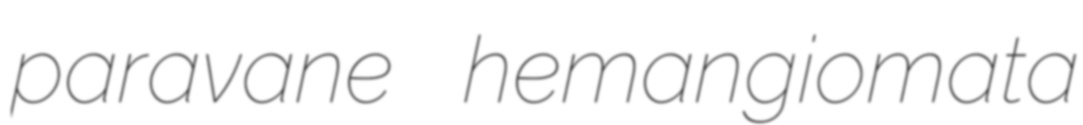
paravane hemangiomata